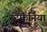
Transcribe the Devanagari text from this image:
स्टेफैनिया